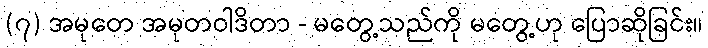
(၇) အမုတေ အမုတဝါဒိတာ - မတွေ့သည်ကို မတွေ့ဟု ပြောဆိုခြင်း။